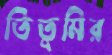
তিতুমির